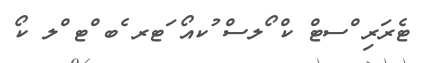
ޓެރަރި ްސޓް ކް ޯލސް ުކއޯ ަޓރ ެބ ްޓ ްލ ކޯ